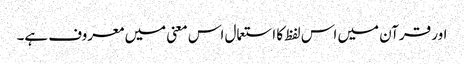
اور قرآن میں اس لفظ کا استعمال اس معنی میں معروف ہے۔